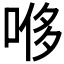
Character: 𫪥